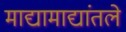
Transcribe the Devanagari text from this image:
माद्यामाद्यांतले